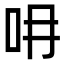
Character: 𠯍